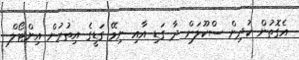
އެގޮތުން ކުދިން ސްކޫލަށް ދާ ގަޑި އާއި ނިމޭ ގަޑީގެ އިތުރުން އިންޓޯލް